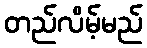
တည်လိမ့်မည်